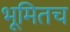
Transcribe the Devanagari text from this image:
भूमितच